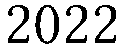
2022